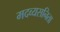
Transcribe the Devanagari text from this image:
मदव्यसनिता